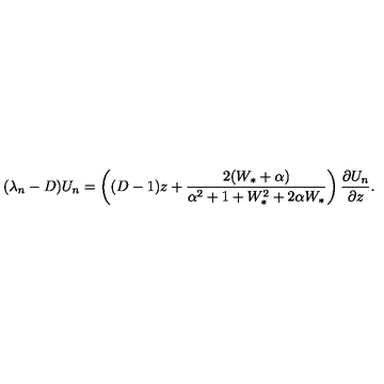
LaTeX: ( \lambda _ { n } - D ) U _ { n } = \left( ( D - 1 ) z + \frac { 2 ( W _ { * } + \alpha ) } { \alpha ^ { 2 } + 1 + W _ { * } ^ { 2 } + 2 \alpha W _ { * } } \right) \frac { \partial U _ { n } } { \partial z } .